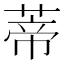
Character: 蒂